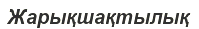
Жарықшақтылық